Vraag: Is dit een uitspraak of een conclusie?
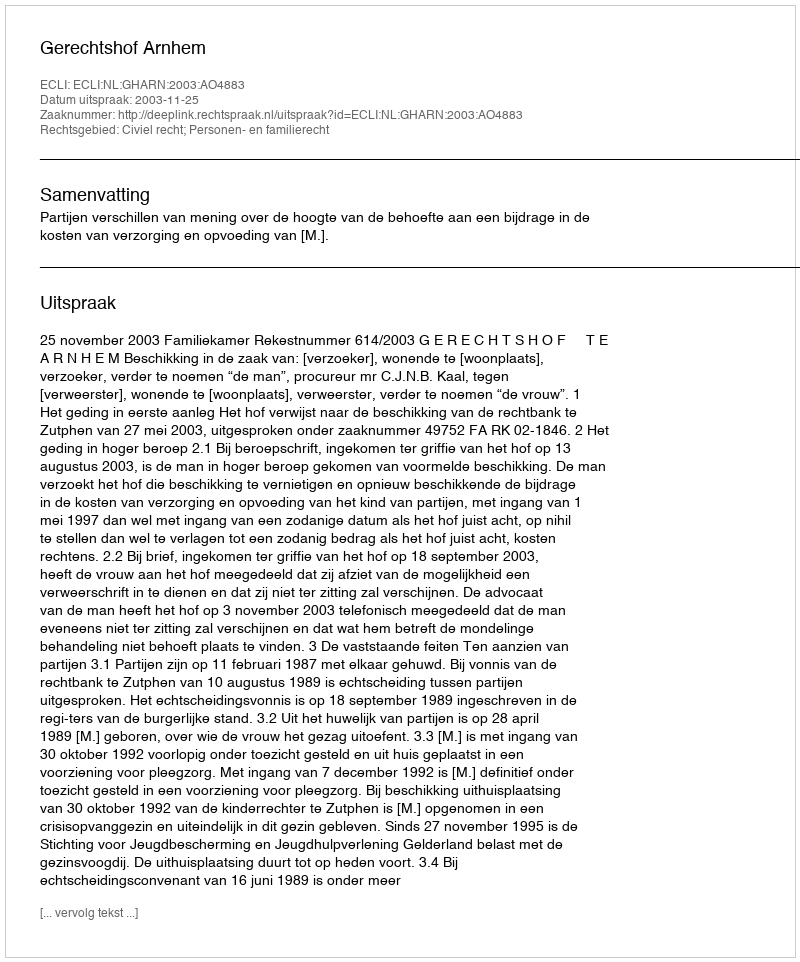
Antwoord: Uitspraak